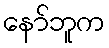
နော်ဘူက